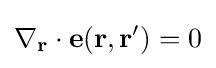
\nabla _{\mathbf {r} }\cdot \mathbf {e} (\mathbf {r,r'} )=0